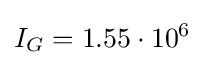
I_{G}=1.55\cdot 10^{6}